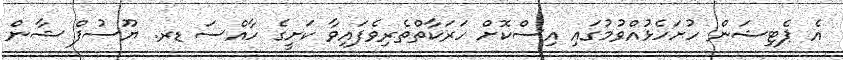
އެ ޕެޓިޝަން ހުށަހެޅުއްވުމުގައި އިސްކޮށް ހަރަކާތްތެރިވެފައިވާ ކަށީގެ ހާއްސަ ޑރ. ޔޫސުފް ޝާން